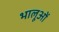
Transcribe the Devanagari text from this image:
भालूओंं